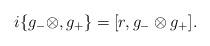
LaTeX: \begin{align*}i\{g_{-} \otimes, g_{+}\} = [r,g_{-} \otimes g_{+}].\end{align*}